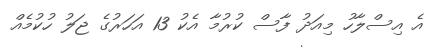
އެ އިސްލާހު މިއަދު ފާސް ކުރުމާ އެކު 13 އަހަރުގެ ޖަލު ހުކުމެއް